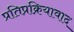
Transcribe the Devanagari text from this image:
प्रतिप्रक्रियावाद